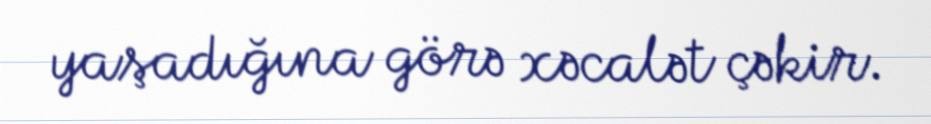
yaşadığına görə xəcalət çəkir.